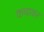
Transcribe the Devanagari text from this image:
कचावर